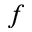
f